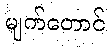
မျက်တောင်